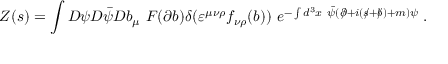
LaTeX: Z ( s ) = \int { \cal D } \psi { \cal D } \bar { \psi } { \cal D } b _ { \mu } ~ F ( \partial b ) \delta ( \varepsilon ^ { \mu \nu \rho } f _ { \nu \rho } ( b ) ) ~ e ^ { - \int d ^ { 3 } x ~ \bar { \psi } ( \partial \! \! \! / + i ( s \! \! \! / + b \! \! \! / ) + m ) \psi } \; .